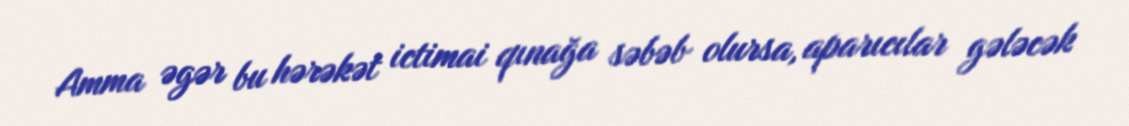
Amma əgər bu hərəkət ictimai qınağa səbəb olursa, aparıcılar gələcək